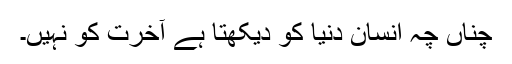
چناں چہ انسان دنیا کو دیکھتا ہے آخرت کو نہیں۔